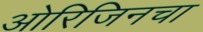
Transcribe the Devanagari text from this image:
ओरिजिनचा